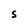
Character: S